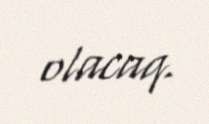
olacaq.